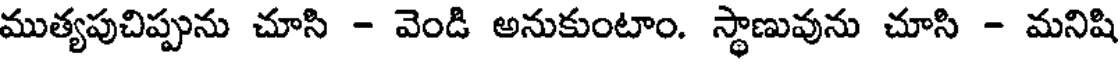
ముత్యపుచిప్పును చూసి - వెండి అనుకుంటాం. స్థాణువును చూసి - మనిషి